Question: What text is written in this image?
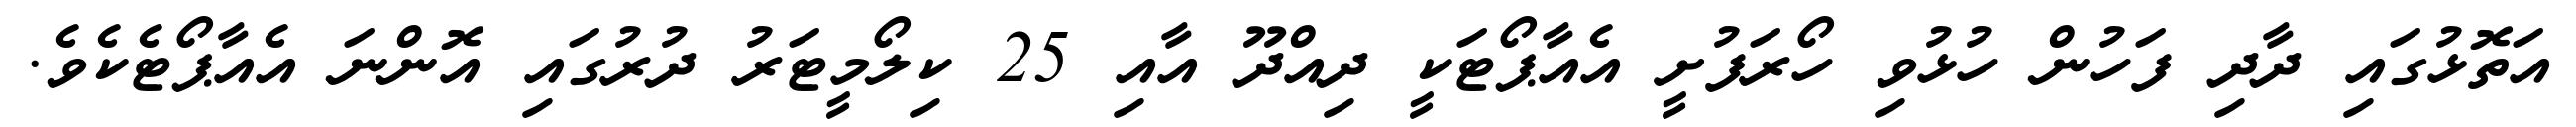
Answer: އަތޮޅުގައި ދާދި ފަހުން ހުޅުވި ހޯރަފުށީ އެއާޕޯޓަކީ ދިއްދޫ އާއި 25 ކިލޯމީޓަރު ދުރުގައި އޮންނަ އެއާޕޯޓެކެވެ.